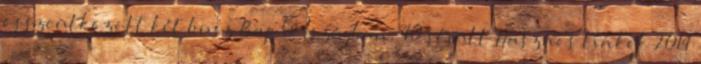
összeütközött két busz Bajorországban, 40 sérült Hasznos linkek 2014